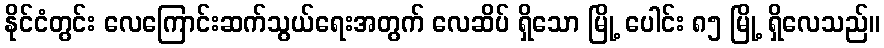
နိုင်ငံတွင်း လေကြောင်းဆက်သွယ်ရေးအတွက် လေဆိပ် ရှိသော မြို့ ပေါင်း ၈၅ မြို့ ရှိလေသည်။